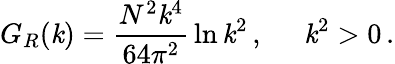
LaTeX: G_{R}(\mathit{k})={\frac{{N^{2}\mathit{k}^{4}}}{{64\pi^{2}}}}\ln{\mathit{k}^{2}}\, ,\; \; \; \; \; \mathit{k}^{2}>0\, .